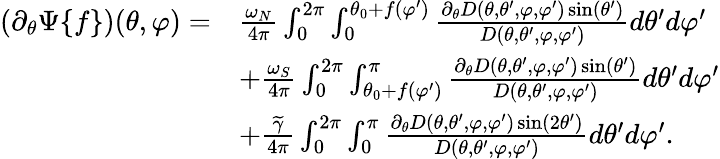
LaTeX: \begin{array}{rl}{(\partial_{\theta}\Psi\{ f\} )(\theta,\varphi)=}&{\frac{\omega_{N}}{4\pi}\int_{0}^{2\pi}\int_{0}^{\theta_{0}+f(\varphi^{\prime})}\frac{\partial_{\theta}D(\theta,\theta^{\prime},\varphi,\varphi^{\prime})\sin(\theta^{\prime})}{D(\theta,\theta^{\prime},\varphi,\varphi^{\prime})}d\theta^{\prime}d\varphi^{\prime}}\\ &{+\frac{\omega_{S}}{4\pi}\int_{0}^{2\pi}\int_{\theta_{0}+f(\varphi^{\prime})}^{\pi}\frac{\partial_{\theta}D(\theta,\theta^{\prime},\varphi,\varphi^{\prime})\sin(\theta^{\prime})}{D(\theta,\theta^{\prime},\varphi,\varphi^{\prime})}d\theta^{\prime}d\varphi^{\prime}}\\ &{+\frac{\widetilde{\gamma}}{4\pi}\int_{0}^{2\pi}\int_{0}^{\pi}\frac{\partial_{\theta}D(\theta,\theta^{\prime},\varphi,\varphi^{\prime})\sin(2\theta^{\prime})}{D(\theta,\theta^{\prime},\varphi,\varphi^{\prime})}d\theta^{\prime}d\varphi^{\prime}.}\end{array}